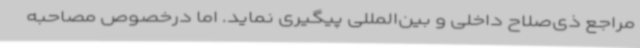
مراجع ذی‌صلاح داخلی و بین‌المللی پیگیری نماید. اما درخصوص مصاحبه